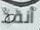
أنقذ